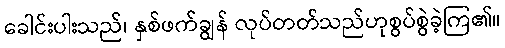
ခေါင်းပါးသည်၊ နှစ်ဖက်ချွန် လုပ်တတ်သည်ဟုစွပ်စွဲခဲ့ကြ၏။